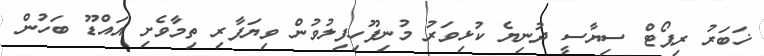
ޚަބަރު ރިޕޯޓް ސިޔާސީ ދުނިޔެ ކުޅިވަރު މުނިފޫހިފިލުވުން ވިޔަފާރި ތިމާވެށި އައްޑޫ ބަހުން